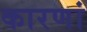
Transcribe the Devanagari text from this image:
कारणां